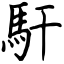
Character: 馯